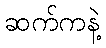
ဆက်ကနဲ့